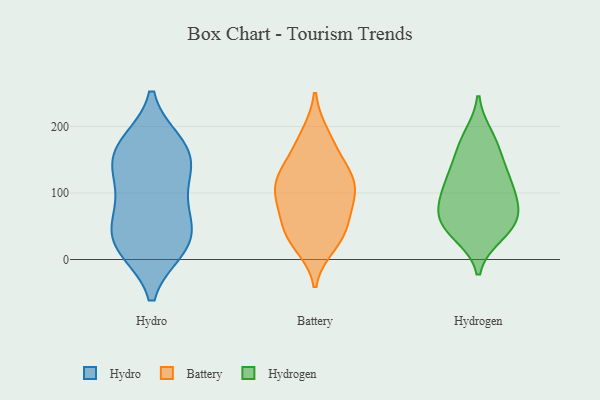
{"axis": {"x": "Revenue (USD Million)", "y": "Value"}, "legend": ["Battery", "Hydro", "Hydrogen"], "data": [{"x": "", "y": 117, "type": "Hydro"}, {"x": "", "y": 141, "type": "Hydro"}, {"x": "", "y": 150, "type": "Hydro"}, {"x": "", "y": 172, "type": "Hydro"}, {"x": "", "y": 59, "type": "Hydro"}, {"x": "", "y": 59, "type": "Hydro"}, {"x": "", "y": 92, "type": "Hydro"}, {"x": "", "y": 17, "type": "Hydro"}, {"x": "", "y": 15, "type": "Hydro"}, {"x": "", "y": 134, "type": "Hydro"}, {"x": "", "y": 24, "type": "Hydro"}, {"x": "", "y": 15, "type": "Hydro"}, {"x": "", "y": 176, "type": "Hydro"}, {"x": "", "y": 57, "type": "Hydro"}, {"x": "", "y": 175, "type": "Hydro"}, {"x": "", "y": 36, "type": "Battery"}, {"x": "", "y": 107, "type": "Battery"}, {"x": "", "y": 142, "type": "Battery"}, {"x": "", "y": 137, "type": "Battery"}, {"x": "", "y": 45, "type": "Battery"}, {"x": "", "y": 105, "type": "Battery"}, {"x": "", "y": 97, "type": "Battery"}, {"x": "", "y": 127, "type": "Battery"}, {"x": "", "y": 108, "type": "Battery"}, {"x": "", "y": 33, "type": "Battery"}, {"x": "", "y": 178, "type": "Battery"}, {"x": "", "y": 187, "type": "Battery"}, {"x": "", "y": 22, "type": "Battery"}, {"x": "", "y": 74, "type": "Battery"}, {"x": "", "y": 69, "type": "Battery"}, {"x": "", "y": 131, "type": "Hydrogen"}, {"x": "", "y": 61, "type": "Hydrogen"}, {"x": "", "y": 105, "type": "Hydrogen"}, {"x": "", "y": 153, "type": "Hydrogen"}, {"x": "", "y": 87, "type": "Hydrogen"}, {"x": "", "y": 75, "type": "Hydrogen"}, {"x": "", "y": 38, "type": "Hydrogen"}, {"x": "", "y": 65, "type": "Hydrogen"}, {"x": "", "y": 105, "type": "Hydrogen"}, {"x": "", "y": 123, "type": "Hydrogen"}, {"x": "", "y": 44, "type": "Hydrogen"}, {"x": "", "y": 185, "type": "Hydrogen"}, {"x": "", "y": 49, "type": "Hydrogen"}, {"x": "", "y": 176, "type": "Hydrogen"}]}